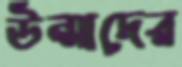
উন্মাদের